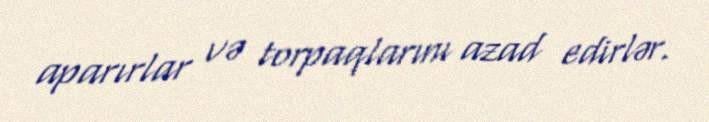
aparırlar və torpaqlarını azad edirlər.